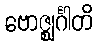
ဗောဇ္ဈင်္ဂါတိ